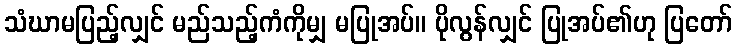
သံဃာမပြည့်လျှင် မည်သည့်ကံကိုမျှ မပြုအပ်။ ပိုလွန်လျှင် ပြုအပ်၏ဟု ပြတော်